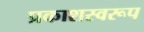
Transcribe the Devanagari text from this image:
प्रकाशस्वरूप